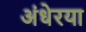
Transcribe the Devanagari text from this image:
अंधेरया